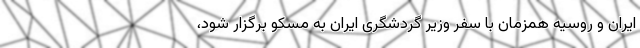
ایران و روسیه همزمان با سفر وزیر گردشگری ایران به مسکو برگزار شود،